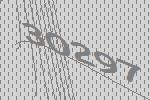
30297